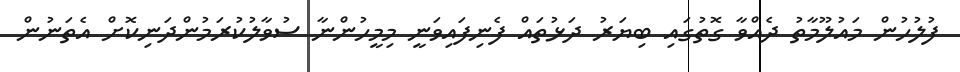
ފުލުހުން މައުލޫމާތު ދެއްވާ ގޮތުގައި ބިޔަރު ދަޅުތައް ފެނިފައިވަނީ މިމީހުންނާ ސުވާލުކުރަމުންދަނިކޮށް އެތަނުން